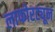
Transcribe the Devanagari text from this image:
लाफोरट्यून